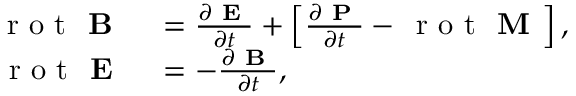
\begin{array} { r l } { \, \mathrm { ~ r ~ o ~ t ~ } \textbf { B } } & { { } = \frac { \partial \textbf { E } } { \partial t } + \left[ \frac { \partial \textbf { P } } { \partial t } - \, \mathrm { ~ r ~ o ~ t ~ } \textbf { M } \right] , } \\ { \, \mathrm { ~ r ~ o ~ t ~ } \textbf { E } } & { { } = - \frac { \partial \textbf { B } } { \partial t } , } \end{array}